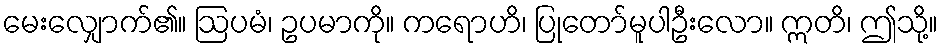
မေးလျှောက်၏။ ဩပမံ၊ ဥပမာကို။ ကရောဟိ၊ ပြုတော်မူပါဦးလော။ ဣတိ၊ ဤသို့။